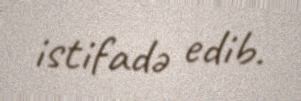
istifadə edib.